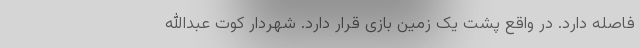
فاصله دارد. در واقع پشت یک زمین بازی قرار دارد. شهردار کوت عبدالله